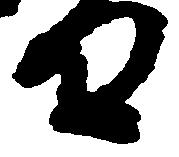
日